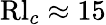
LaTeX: \mathrm{Rl}_{c}\approx 15